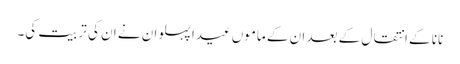
نانا کے انتقال کے بعد ان کے ماموں عیدا پہلوان نے ان کی تربیت کی۔